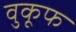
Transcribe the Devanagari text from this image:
वुकूफ